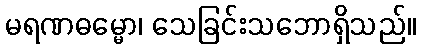
မရဏဓမ္မော၊ သေခြင်းသဘောရှိသည်။